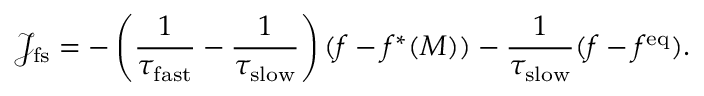
\mathcal { J } _ { \mathrm { f s } } = - \left( \frac { 1 } { \tau _ { \mathrm { f a s t } } } - \frac { 1 } { \tau _ { \mathrm { s l o w } } } \right) ( f - f ^ { * } ( M ) ) - \frac { 1 } { \tau _ { \mathrm { s l o w } } } ( f - f ^ { \mathrm { e q } } ) .